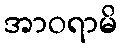
အာဝရာမိ